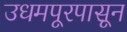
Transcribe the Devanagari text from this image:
उधमपूरपासून